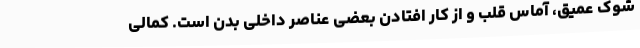
شوک عمیق، آماس قلب و از کار افتادن بعضی عناصر داخلی بدن است. کمالی